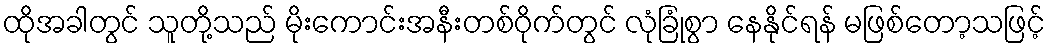
ထိုအခါတွင် သူတို့သည် မိုးကောင်းအနီးတစ်ဝိုက်တွင် လုံခြုံစွာ နေနိုင်ရန် မဖြစ်တော့သဖြင့်